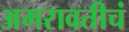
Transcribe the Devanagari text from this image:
अमरावतीचं